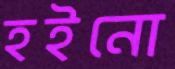
হইনো